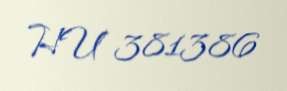
HU 381386